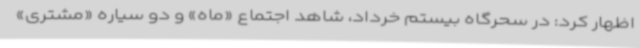
اظهار کرد: در سحرگاه بیستم خرداد، شاهد اجتماع «ماه» و دو سیاره «مشتری»